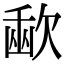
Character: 𣣨